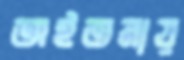
অইতনায়